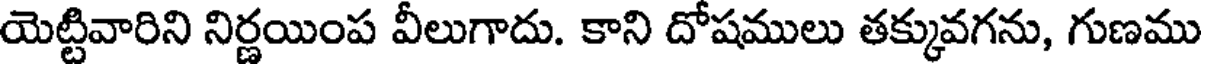
యెట్టివారిని నిర్ణయింప వీలుగాదు. కాని దోషములు తక్కువగను, గుణము